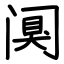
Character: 阒